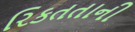
રિકતતાની